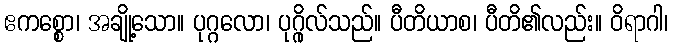
ဧကစ္စော၊ အချို့သော။ ပုဂ္ဂလော၊ ပုဂ္ဂိုလ်သည်။ ပီတိယာစ၊ ပီတိ၏လည်း။ ဝိရာဂါ၊